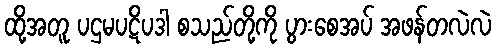
ထို့အတူ ပဌမပဋိပဒါ စသည်တို့ကို ပွားစေအပ် အဖန်တလဲလဲ